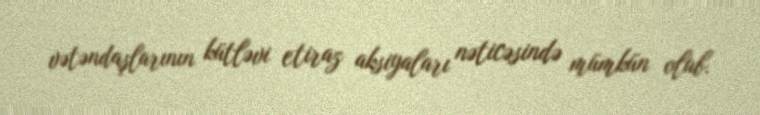
vətəndaşlarının kütləvi etiraz aksiyaları nəticəsində mümkün olub.